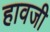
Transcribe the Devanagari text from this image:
हावजी